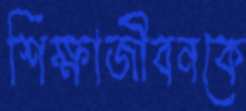
শিক্ষাজীবনকে